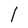
Character: l